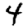
Digit: 4